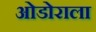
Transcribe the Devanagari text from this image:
ओडोराला